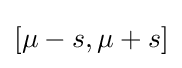
[\mu -s,\mu +s]